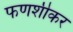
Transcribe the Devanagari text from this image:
फणशीकर